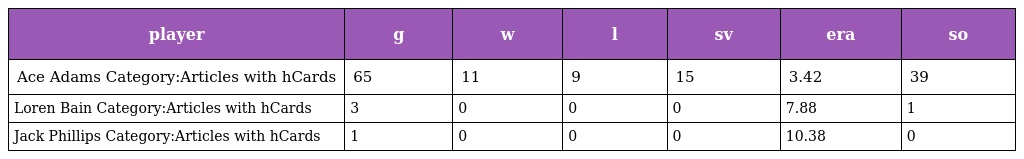
| player | g | w | l | sv | era | so |
 | --- | --- | --- | --- | --- | --- | --- |
 | Ace Adams Category:Articles with hCards | 65 | 11 | 9 | 15 | 3.42 | 39 |
 | Loren Bain Category:Articles with hCards | 3 | 0 | 0 | 0 | 7.88 | 1 |
 | Jack Phillips Category:Articles with hCards | 1 | 0 | 0 | 0 | 10.38 | 0 |